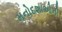
મનોદશાઓની